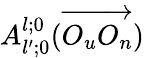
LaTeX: A_{l^{\prime};0}^{l;0}(\overrightarrow{O_{u}O_{n}})